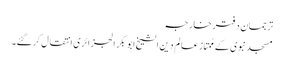
ترجمان دفترخارجہ
مسجد نبوی کے مُمتاز عالم دین الشیخ ابو بکر الجزائری انتقال کرگئے۔